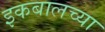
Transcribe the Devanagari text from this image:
इकबालच्या